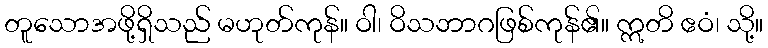
တူသောအဖို့ရှိသည် မဟုတ်ကုန်။ ဝါ၊ ဝိသဘာဂဖြစ်ကုန်၏။ ဣတိ ဧဝံ၊ သို့။